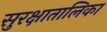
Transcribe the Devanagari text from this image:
सुरक्षातालिका